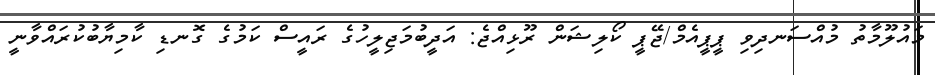
މައުލޫމާތު މުއްސަނދިވި ޕީޕީއެމް/ޖޭޕީ ކޯލިޝަން ރޫޅިއްޖެ: އަދީބުމަޖިލީހުގެ ރައީސް ކަމުގެ ގޮނޑި ކާމިޔާބުކުރައްވާނީ